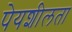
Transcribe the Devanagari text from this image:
पेयशीलता